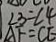
\angle 3 = \angle 4